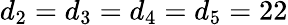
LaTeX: d_{2}=d_{3}=d_{4}=d_{5}=22